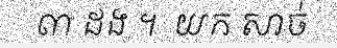
៣ ដង ។  យក សាច់